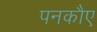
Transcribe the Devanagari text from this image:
पनकौए